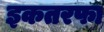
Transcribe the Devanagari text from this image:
इकतरफा